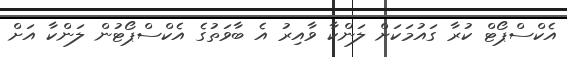
އެކްސްޕޯޓް ކުރާ ގައުމަކަށް ލަންކާ ވާއިރު އެ ބާވަތުގެ އެކްސްޕޯޓުން ލަންކާ އަށް